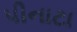
પીનાટા